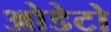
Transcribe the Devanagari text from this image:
ओडेटो